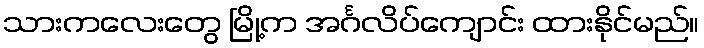
သားကလေးတွေ မြို့က အင်္ဂလိပ်ကျောင်း ထားနိုင်မည်။